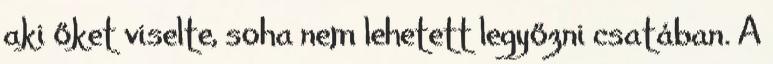
aki őket viselte, soha nem lehetett legyőzni csatában. A